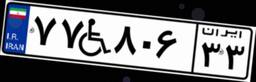
۶۸W۰۱۵۸۴